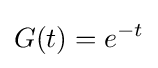
G(t)=e^{-t}